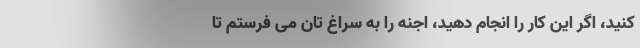
کنید، اگر این کار را انجام دهید، اجنه را به سراغ تان می فرستم تا